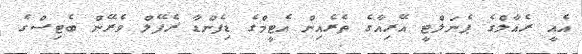
އެއީ ރެއާލްގެ ޕެނަލްޓީ އޭރިއާގެ ތެރެއިން އެޓީމްގެ ޑިފެންޑާ ރެފޭލް ވެރޭން ބެޓިސްގެ